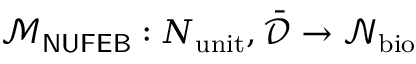
\mathcal { M } _ { \sf N U F E B } : N _ { \mathrm { u n i t } } , \bar { \mathcal { D } } \rightarrow \mathcal { N } _ { \mathrm { b i o } }